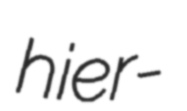
hier-